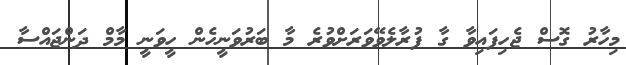
މިހާރު ގޮސް ޖެހިފައިވާ ގާ ފުރާލެވޭވަރަށްވުރެ މާ ބަރުވަނީހެން ހީވަނީ މާމް ދަންޖައްސާ